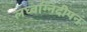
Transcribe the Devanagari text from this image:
लघ्वग्निदीपनं